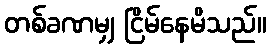
တစ်ခဏမျှ ငြိမ်နေမိသည်။